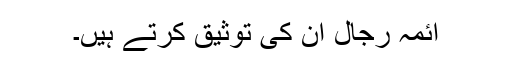
ائمہ رجال ان کی توثیق کرتے ہیں۔